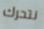
نتحرك